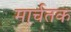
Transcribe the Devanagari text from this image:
मार्चतक